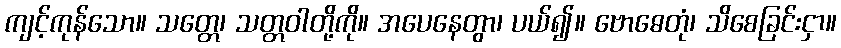
ကျင့်ကုန်သော။ သတ္တေ၊ သတ္တဝါတို့ကို။ အပေနေတွာ၊ ပယ်၍။ ဗောဓေတုံ၊ သိစေခြင်းငှာ။